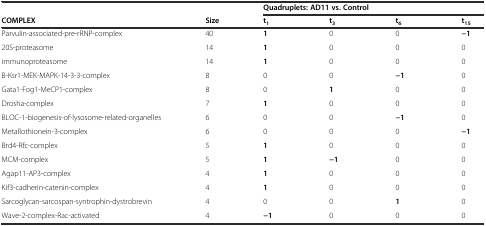
<table><thead><tr><td></td><td></td><td colspan="4"><b>Quadruplets: AD11 vs. Control</b></td></tr><tr><td><b>COMPLEX</b></td><td><b>Size</b></td><td><b>t<sub>1</sub></b></td><td><b>t<sub>3</sub></b></td><td><b>t<sub>6</sub></b></td><td><b>t<sub>15</sub></b></td></tr></thead><tbody><tr><td>Parvulin-associated-pre-rRNP-complex</td><td>40</td><td><b>1</b></td><td>0</td><td>0</td><td><b>−1</b></td></tr><tr><td>20S-proteasome</td><td>14</td><td><b>1</b></td><td>0</td><td>0</td><td>0</td></tr><tr><td>immunoproteasome</td><td>14</td><td><b>1</b></td><td>0</td><td>0</td><td>0</td></tr><tr><td>B-Ksr1-MEK-MAPK-14-3-3-complex</td><td>8</td><td>0</td><td>0</td><td><b>−1</b></td><td>0</td></tr><tr><td>Gata1-Fog1-MeCP1-complex</td><td>8</td><td>0</td><td><b>1</b></td><td>0</td><td>0</td></tr><tr><td>Drosha-complex</td><td>7</td><td><b>1</b></td><td>0</td><td>0</td><td>0</td></tr><tr><td>BLOC-1-biogenesis-of-lysosome-related-organelles</td><td>6</td><td>0</td><td>0</td><td><b>−1</b></td><td>0</td></tr><tr><td>Metallothionein-3-complex</td><td>6</td><td>0</td><td>0</td><td>0</td><td><b>−1</b></td></tr><tr><td>Brd4-Rfc-complex</td><td>5</td><td><b>1</b></td><td>0</td><td>0</td><td>0</td></tr><tr><td>MCM-complex</td><td>5</td><td><b>1</b></td><td><b>−1</b></td><td>0</td><td>0</td></tr><tr><td>Agap11-AP3-complex</td><td>4</td><td><b>1</b></td><td>0</td><td>0</td><td>0</td></tr><tr><td>Kif3-cadherin-catenin-complex</td><td>4</td><td><b>1</b></td><td>0</td><td>0</td><td>0</td></tr><tr><td>Sarcoglycan-sarcospan-syntrophin-dystrobrevin</td><td>4</td><td>0</td><td>0</td><td><b>1</b></td><td>0</td></tr><tr><td>Wave-2-complex-Rac-activated</td><td>4</td><td><b>−1</b></td><td>0</td><td>0</td><td>0</td></tr></tbody></table>